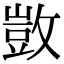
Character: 敳